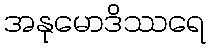
အနုမောဒိဿရေ